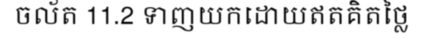
ចល័ត 11.2 ទាញយកដោយឥតគិតថ្លៃ